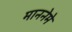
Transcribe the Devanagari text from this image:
माननेमे